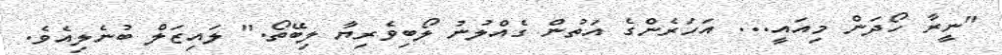
"ނީރާ ހޯދަން މިއައީ... އަހަރެންގެ އަތުން ގެއްލުނު ލޯބިވެރިޔާ ލިބޭތޯ." ލައިޒަލް ބުނެލިއެވެ.